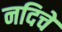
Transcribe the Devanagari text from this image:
नदिचे